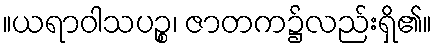
။ယရာဝါသပဉ္စ၊ ဇာတက၌လည်းရှိ၏။